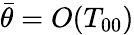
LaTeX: \begin{array}{r}{\bar{\theta}={O}\! \left(T_{00}\right)}\end{array}